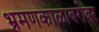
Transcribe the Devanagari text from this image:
भ्रमणकाळाबरोबर